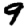
Digit: 9